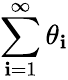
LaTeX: \sum_{\mathbf{i}=1}^{\infty}\theta_{\mathbf{i}}